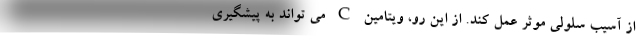
از آسیب سلولی موثر عمل کند. از این رو، ویتامین C می تواند به پیشگیری